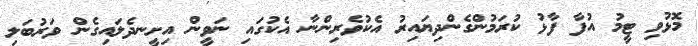
މޮޅުވި ޓީމު އުފާ ފާޅު ކުރަމުންގެންދިޔައިރު އެކުވެރިންނާ އެކުގައި ނަވީން އިށީނދެލައިގެން ވަރުބަލި